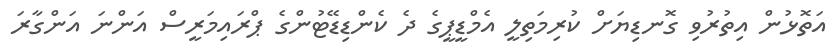
އަތޮޅުން އިތުރުވި ގޮނޑިޔަށް ކުރިމަތިލީ އެމްޑީޕީގެ ދެ ކެންޑިޑޭޓުންގެ ޕްރައިމަރީސް އަންނަ އަންގާރަ